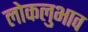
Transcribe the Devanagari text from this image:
लोकलुभाव